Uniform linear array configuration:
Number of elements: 16
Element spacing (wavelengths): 1
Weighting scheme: uniform
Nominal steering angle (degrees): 45
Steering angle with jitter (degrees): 46.899
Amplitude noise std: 0.05
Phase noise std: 0.05

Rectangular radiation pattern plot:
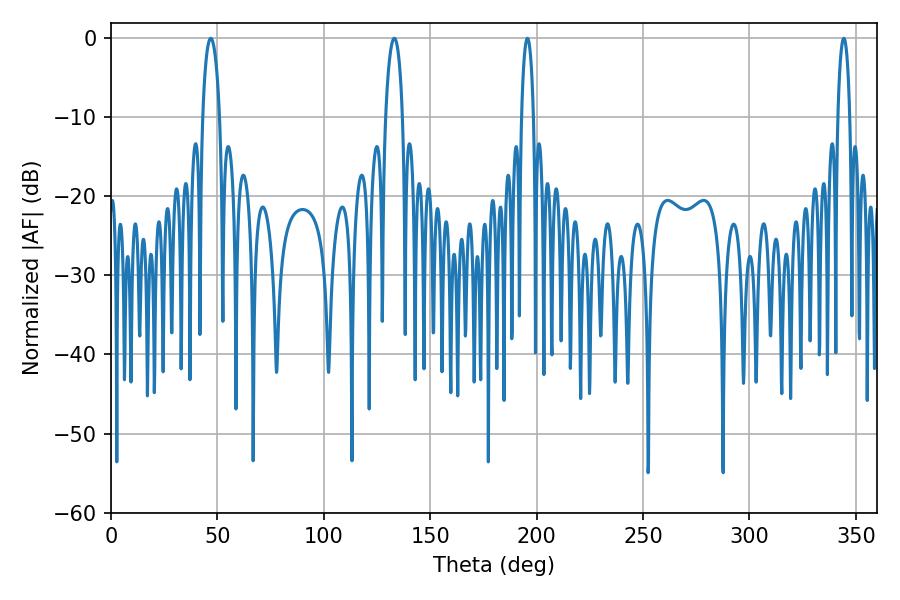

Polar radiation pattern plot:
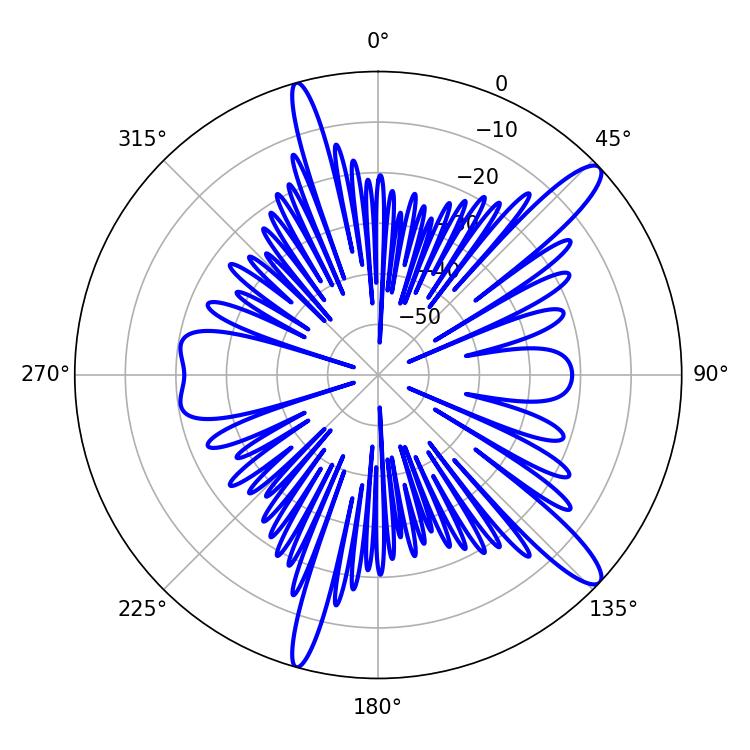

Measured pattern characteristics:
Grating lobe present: TRUE
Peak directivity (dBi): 13.241
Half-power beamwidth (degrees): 3.24
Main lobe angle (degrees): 344.34